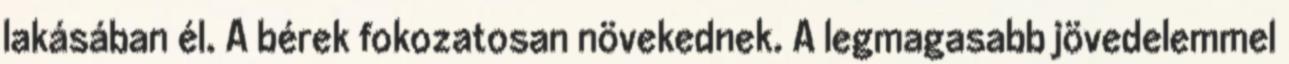
lakásában él. A bérek fokozatosan növekednek. A legmagasabb jövedelemmel